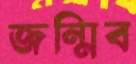
জন্মিব